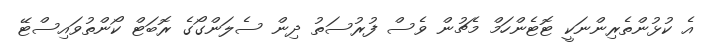
އެ ކުޅުންތެރިންނަކީ ޓޮޓެންހަމް މެޗުން ވެސް ފުރުސަތު ދިން ސެލަންގޯގެ ރޮބަޓް ކޯންތުވައިސްޓޭ